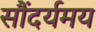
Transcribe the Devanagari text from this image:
सौंदर्यमय